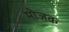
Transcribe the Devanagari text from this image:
मोजक